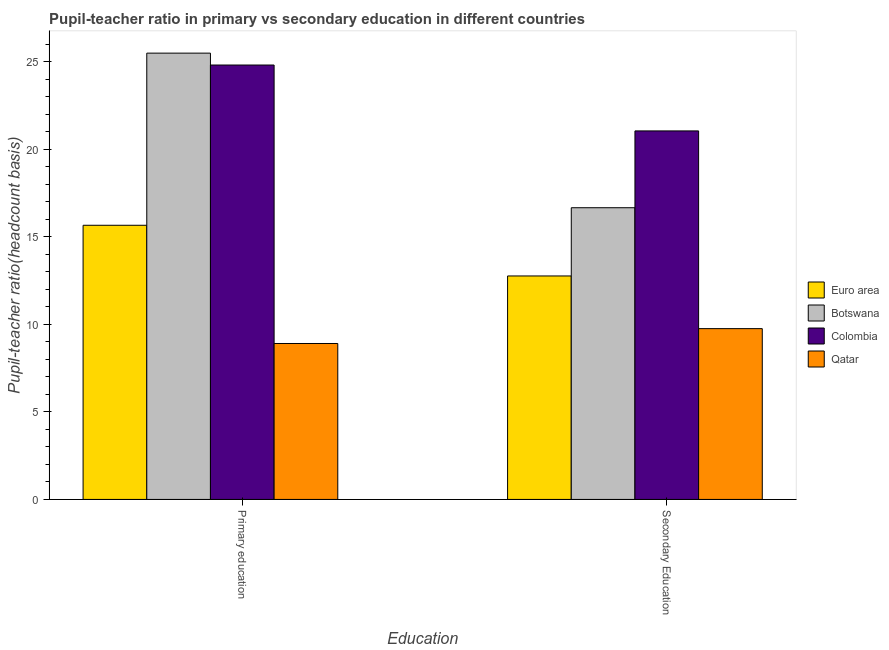
| Education | Euro area | Botswana | Colombia | Qatar |
 | --- | --- | --- | --- | --- |
 | Primary education | 15.7 | 25.5 | 24.8 | 8.91 |
 | Secondary Education | 12.8 | 16.7 | 21 | 9.76 |